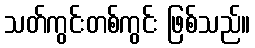
သတ်ကွင်းတစ်ကွင်း ဖြစ်သည်။